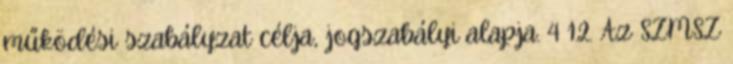
működési szabályzat célja, jogszabályi alapja. 4 1.2. Az SZMSZ